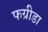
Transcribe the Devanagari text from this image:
फग्रीडा